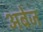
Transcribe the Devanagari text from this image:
अबेज